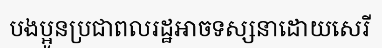
បងប្អូនប្រជាពលរដ្ឋអាចទស្សនាដោយសេរី